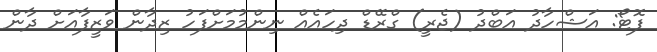
ފޮޓޯ: އަޝްހާދު އަބްދު (ޖެރީ) ގްރޭޑް ދިހައެއް ނިންމުމަށްފަހު ޒިދާން ވަޒީފާއަށް ދާން